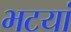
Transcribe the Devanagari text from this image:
भटयां